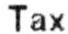
TAX